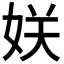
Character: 𭑹